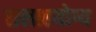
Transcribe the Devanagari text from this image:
सलाहयोग्य